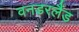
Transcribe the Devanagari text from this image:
वनडरलैंड